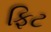
ફિટ